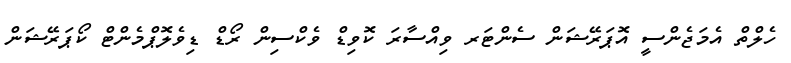
ހެލްތް އެމަޖެންސީ އޮޕަރޭޝަން ސެންޓަރ ވިއްސާރަ ކޮވިޑް ވެކްސިން ރޯޑް ޑިވެލޮޕްމެންޓް ކޯޕަރޭޝަން